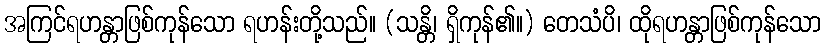
အကြင်ရဟန္တာဖြစ်ကုန်သော ရဟန်းတို့သည်။ (သန္တိ၊ ရှိကုန်၏။) တေသံပိ၊ ထိုရဟန္တာဖြစ်ကုန်သော